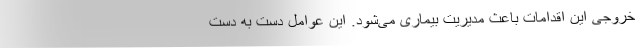
خروجی این اقدامات باعث مدیریت بیماری می‌شود. این عوامل دست به دست